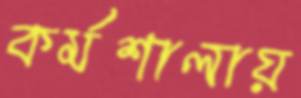
কর্মশালায়